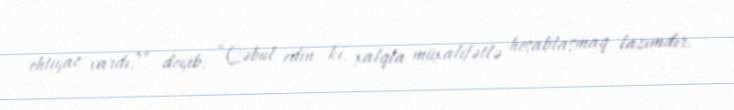
ehtiyac vardı?” deyib: “Qəbul edin ki, xalqla müxalifətlə hesablaşmaq lazımdır.